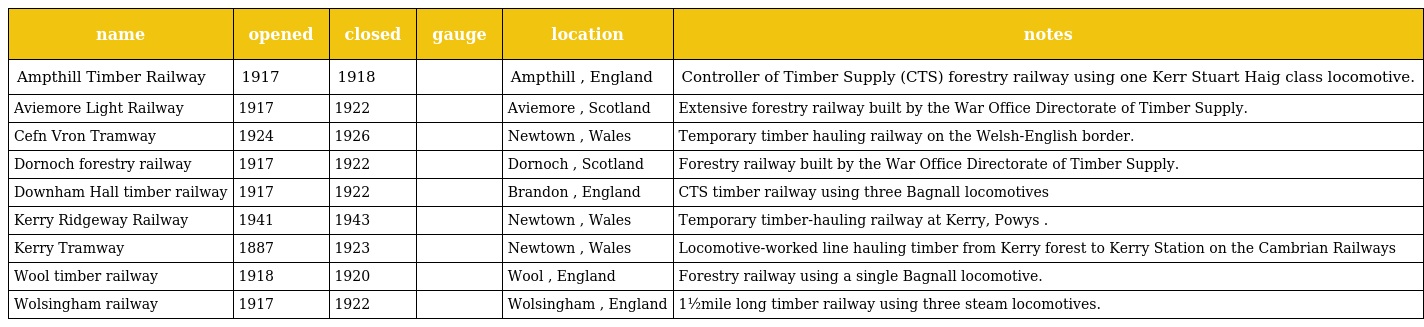
| name | opened | closed | gauge | location | notes |
 | --- | --- | --- | --- | --- | --- |
 | Ampthill Timber Railway | 1917 | 1918 |  | Ampthill , England | Controller of Timber Supply (CTS) forestry railway using one Kerr Stuart Haig class locomotive. |
 | Aviemore Light Railway | 1917 | 1922 |  | Aviemore , Scotland | Extensive forestry railway built by the War Office Directorate of Timber Supply. |
 | Cefn Vron Tramway | 1924 | 1926 |  | Newtown , Wales | Temporary timber hauling railway on the Welsh-English border. |
 | Dornoch forestry railway | 1917 | 1922 |  | Dornoch , Scotland | Forestry railway built by the War Office Directorate of Timber Supply. |
 | Downham Hall timber railway | 1917 | 1922 |  | Brandon , England | CTS timber railway using three Bagnall locomotives |
 | Kerry Ridgeway Railway | 1941 | 1943 |  | Newtown , Wales | Temporary timber-hauling railway at Kerry, Powys . |
 | Kerry Tramway | 1887 | 1923 |  | Newtown , Wales | Locomotive-worked line hauling timber from Kerry forest to Kerry Station on the Cambrian Railways |
 | Wool timber railway | 1918 | 1920 |  | Wool , England | Forestry railway using a single Bagnall locomotive. |
 | Wolsingham railway | 1917 | 1922 |  | Wolsingham , England | 1½mile long timber railway using three steam locomotives. |